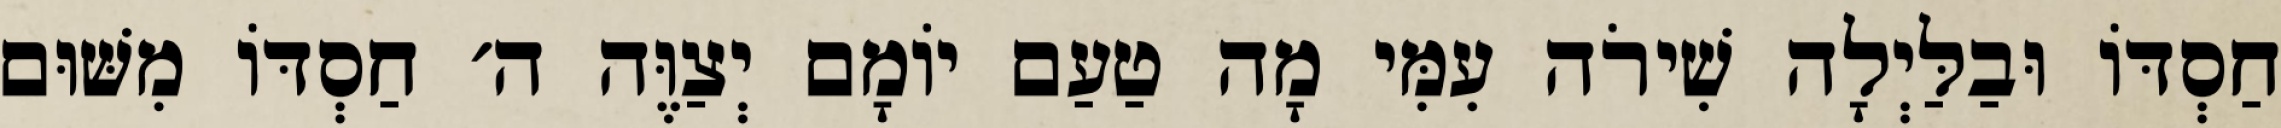
חַסְדּוֹ וּבַלַּיְלָה שִׁירֹה עִמִּי מָה טַעַם יוֹמָם יְצַוֶּה ה׳ חַסְדּוֹ מִשּׁוּם